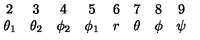
\begin{array} { c c c c c c c c } { 2 } & { 3 } & { 4 } & { 5 } & { 6 } & { 7 } & { 8 } & { 9 } \\ { \theta _ { 1 } } & { \theta _ { 2 } } & { \phi _ { 2 } } & { \phi _ { 1 } } & { r } & { \theta } & { \phi } & { \psi } \\ \end{array}